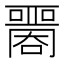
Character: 𡂦